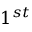
1 ^ { s t }